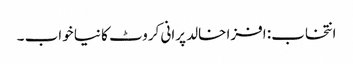
انتخاب: افزا خالد پرانی کروٹ کا نیا خواب ۔